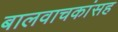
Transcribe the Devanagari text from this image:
बालवाचकांसह